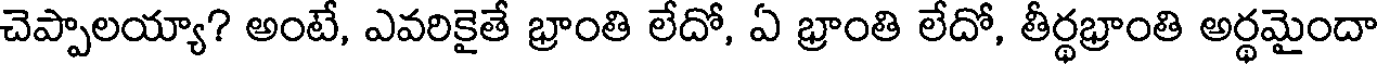
చెప్పాలయ్యా? అంటే, ఎవరికైతే భ్రాంతి లేదో, ఏ భ్రాంతి లేదో, తీర్థభ్రాంతి అర్థమైందా